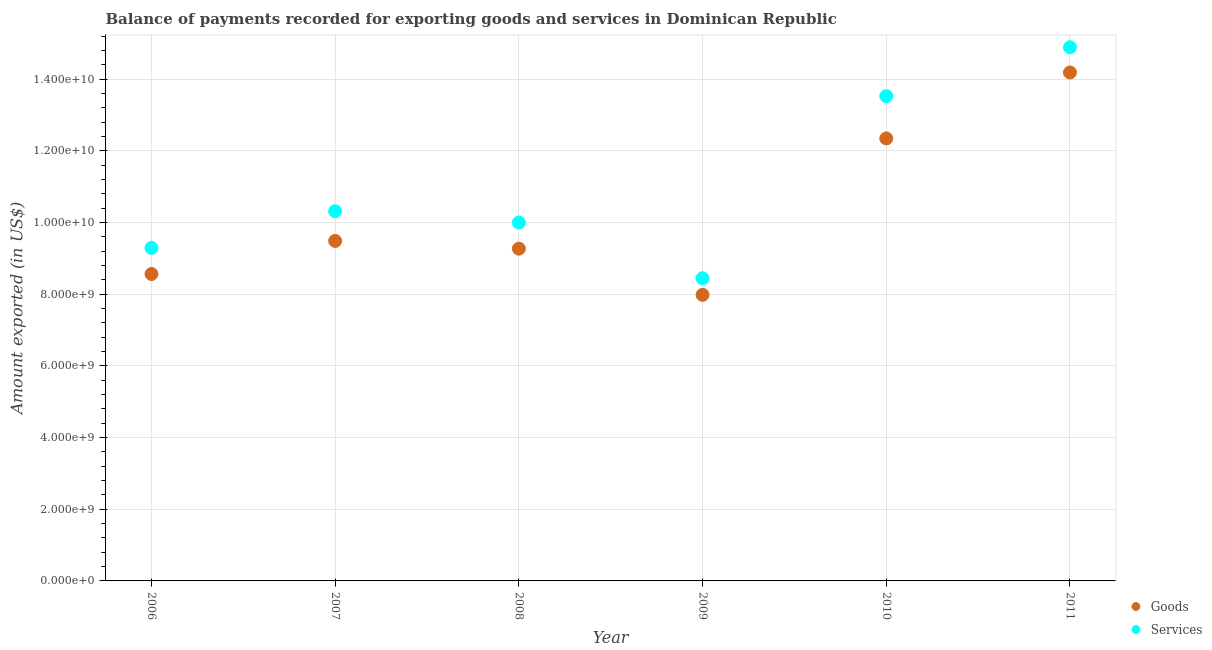
| Year | Goods | Services |
 | --- | --- | --- |
 | 2006 | 8.56e+09 | 9.29e+09 |
 | 2007 | 9.49e+09 | 1.03e+10 |
 | 2008 | 9.27e+09 | 1e+10 |
 | 2009 | 7.98e+09 | 8.44e+09 |
 | 2010 | 1.23e+10 | 1.35e+10 |
 | 2011 | 1.42e+10 | 1.49e+10 |